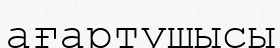
ағартушысы